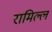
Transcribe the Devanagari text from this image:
रामिल्ल